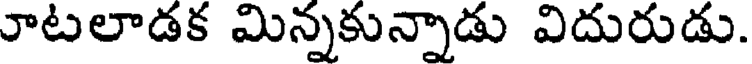
ూటలాడక మిన్నకున్నాడు విదురుడు.